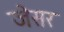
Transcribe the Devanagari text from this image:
जेसर